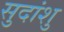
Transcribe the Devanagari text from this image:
सुदांशु